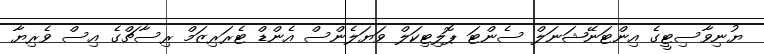
ޔުނިވާސިޓީގެ އިންޓަނޭޝަނަލް ސެންޓަ ޕޮލިޓިކަލް ވަޔަލެންސް އެންޑް ޓެރަރިޒަމް ރިސާޗްގެ އިސް ވެރިޔާ